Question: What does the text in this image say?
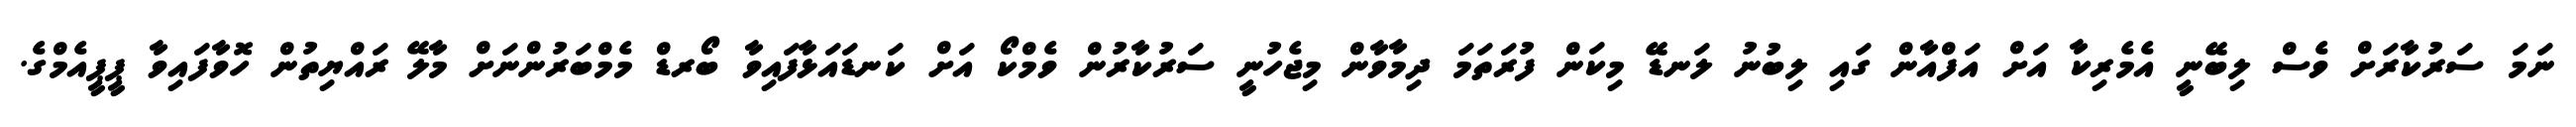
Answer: ނަމަ ސަރުކާރަށް ވެސް ލިބޭނީ އެމެރިކާ އަށް އަފްއާން ގައި ލިބުނު ލަނޑޭ މިކަން ފުރަތަމަ ދިމާވާން މިޖެހުނީ ސަރުކާރުން ވެމްކޯ އަށް ކަނޑައަޅާފައިވާ ބޯރޑް މެމްބަރުންނަށް މާލޭ ރައްޔިތުން ހޮވާފައިވާ ޕީޕީއެމްގެ.